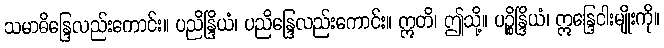
သမာဓိန္ဒြေလည်းကောင်း။ ပညိန္ဒြိယံ၊ ပညိန္ဒြေလည်းကောင်း။ ဣတိ၊ ဤသို့။ ပဉ္စိန္ဒြိယံ၊ ဣန္ဒြေငါးမျိုးကို။